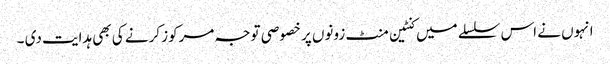
انہوں نے اس سلسلے میں کنٹین منٹ زونوں پر خصوصی توجہ مرکوز کرنے کی بھی ہدایت دی ۔